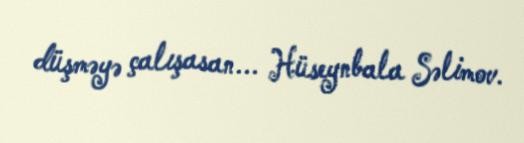
düşməyə çalışasan... Hüseynbala Səlimov.